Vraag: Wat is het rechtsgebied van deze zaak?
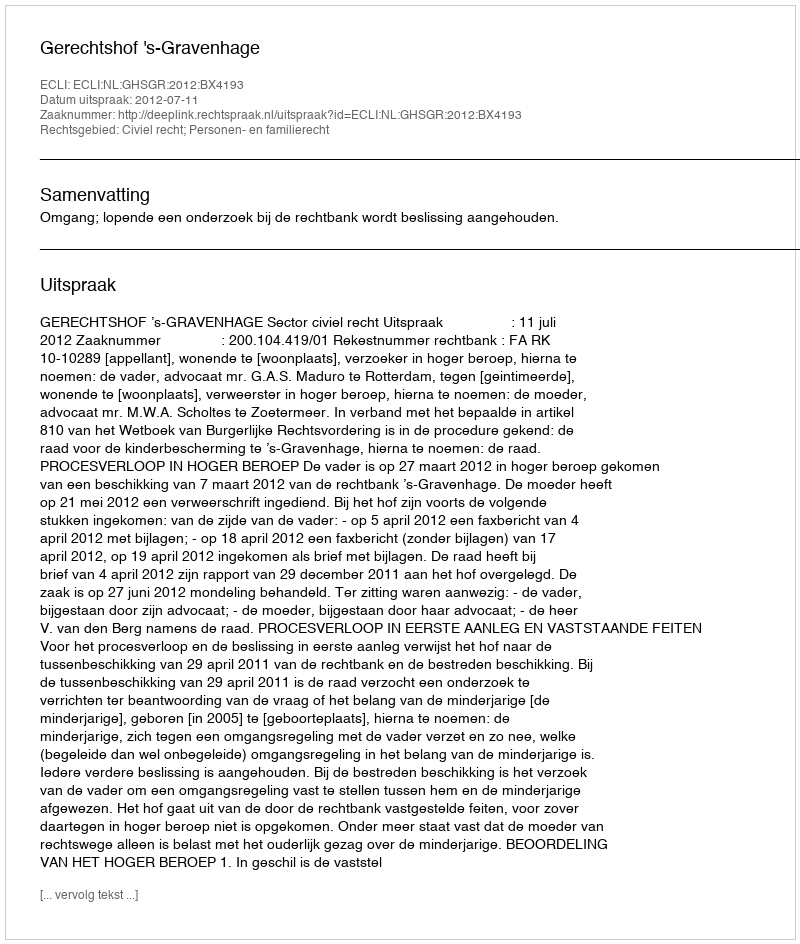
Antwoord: Civiel recht; Personen- en familierecht